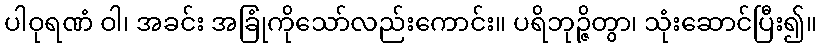
ပါဝုရဏံ ဝါ၊ အခင်း အခြုံကိုသော်လည်းကောင်း။ ပရိဘုဉ္ဇိတွာ၊ သုံးဆောင်ပြီး၍။